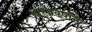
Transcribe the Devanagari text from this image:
भारतवर्षाने